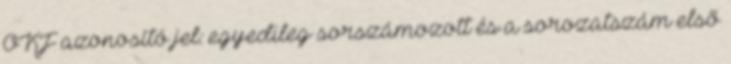
OKF azonosító jel: egyedileg sorszámozott és a sorozatszám elsõ